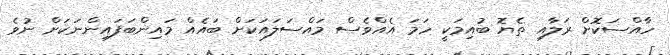
ހާއްސަކޮށް ރަލާއި ތެޔޮ ބުއިމަކީ ހަމަ އެއްވެސް މައްސަލައަކަށް ބައެއް މައިންބަފައިންނަކަށް ނުވެ